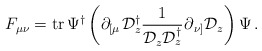
\begin{align*}F_{\mu\nu} = \mathrm{tr}\,\Psi^{\dagger}\left( \partial_{\left[ \mu\right. } \mathcal{D}_z^{\dagger} \frac{1}{ \mathcal{D}_z\mathcal{D}_z^{\dagger}} \partial_{\left. \nu \right] }\mathcal{D}_z\right)\Psi\,.\end{align*}